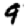
Digit: 9